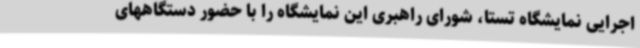
اجرایی نمایشگاه تستا، شورای راهبری این نمایشگاه را با حضور دستگاههای